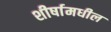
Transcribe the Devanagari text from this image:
शीर्षामधील